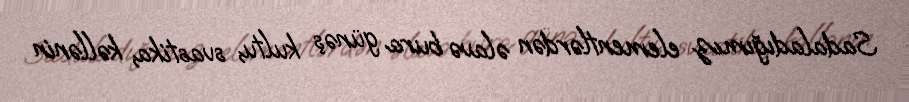
Sadaladığımız elementlərdən əlavə bura günəş kultu, svastika, kəllənin